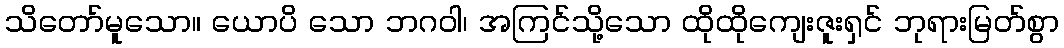
သိတော်မူသော။ ယောပိ သော ဘဂဝါ၊ အကြင်သို့သော ထိုထိုကျေးဇူးရှင် ဘုရားမြတ်စွာ